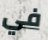
في